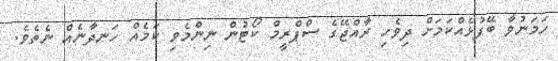
ހަމަނުވާ ބޭފުޅެއްކަމަށް ދިވެހި ރާއްޖޭގެ ސްޕްރީމް ކޯޓުން ނިންމެވި ކަމެއް ހަނދާނެއް ނެތެވެ.